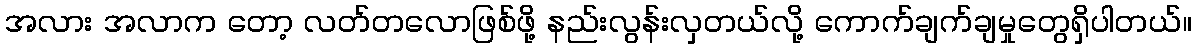
အလား အလာက တော့ လတ်တလောဖြစ်ဖို့ နည်းလွန်းလှတယ်လို့ ကောက်ချက်ချမှုတွေရှိပါတယ်။